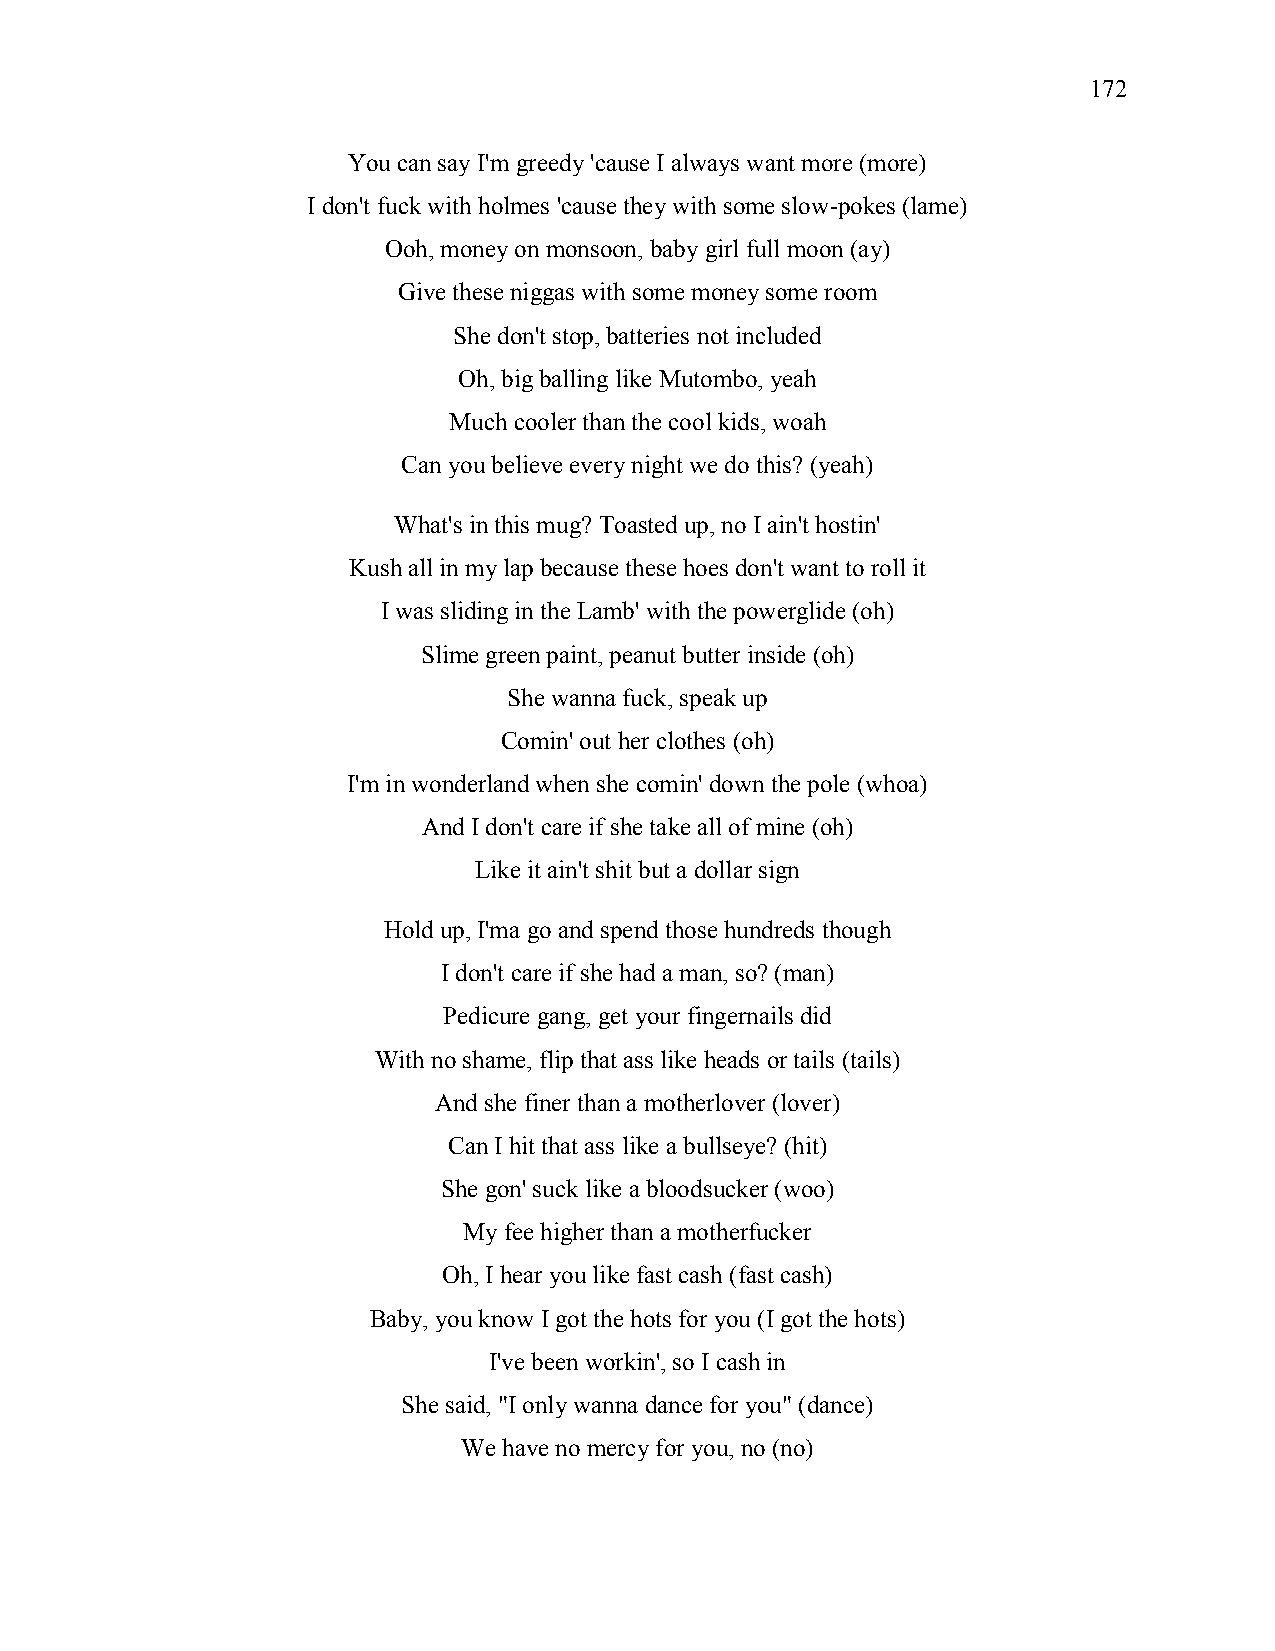
172
 You can say I'm greedy 'cause I always want more (more)
 I don't fuck with holmes 'cause they with some slow-pokes (lame)
 Ooh, money on monsoon, baby girl full moon (ay)
 Give these niggas with some money some room
 She don't stop, batteries not included
 Oh, big balling like Mutombo, yeah
 Much cooler than the cool kids, woah
 Can you believe every night we do this? (yeah)
 What's in this mug? Toasted up, no I ain't hostin'
 Kush all in my lap because these hoes don't want to roll it
 I was sliding in the Lamb' with the powerglide (oh)
 Slime green paint, peanut butter inside (oh)
 She wanna fuck, speak up
 Comin' out her clothes (oh)
 I'm in wonderland when she comin' down the pole (whoa)
 And I don't care if she take all of mine (oh)
 Like it ain't shit but a dollar sign
 Hold up, I'ma go and spend those hundreds though
 I don't care if she had a man, so? (man)
 Pedicure gang, get your fingernails did
 With no shame, flip that ass like heads or tails (tails)
 And she finer than a motherlover (lover)
 Can I hit that ass like a bullseye? (hit)
 She gon' suck like a bloodsucker (woo)
 My fee higher than a motherfucker
 Oh, I hear you like fast cash (fast cash)
 Baby, you know I got the hots for you (I got the hots)
 I've been workin', so I cash in
 She said, "I only wanna dance for you" (dance)
 We have no mercy for you, no (no)